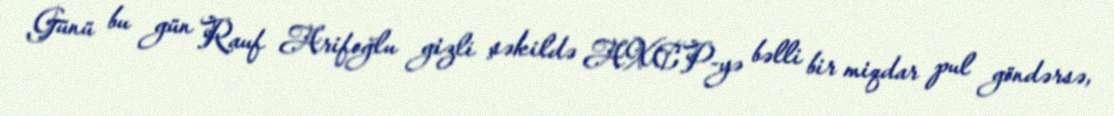
Günü bu gün Rauf Arifoğlu gizli şəkildə AXCP-yə bəlli bir miqdar pul göndərsə,